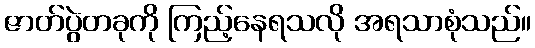
ဇာတ်ပွဲတခုကို ကြည့်နေရသလို အရသာစုံသည်။